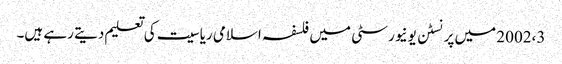
2002،3 میں پرنسٹن یونیورسٹی میں فلسفہ اسلامی ریاسیت کی تعلیم دیتے رہے ہیں۔